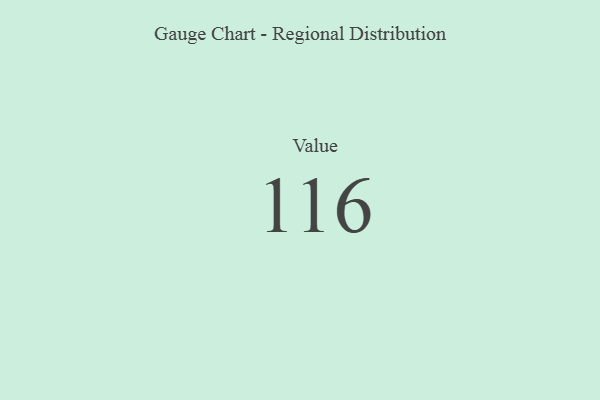
{"axis": {"x": "Metric", "y": "Value"}, "legend": [""], "data": [{"x": "Value", "y": 116, "type": ""}]}